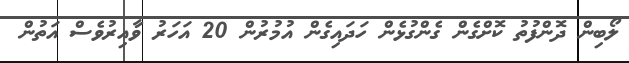
ލޯބިން ދޮންފުތު ކޮށްގެން ގެންގުޅެން ހަދަައިގެން އުުމުރުން 20 އަހަރު ވާއިރުވެސް އަތުން